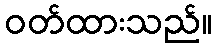
ဝတ်ထားသည်။